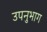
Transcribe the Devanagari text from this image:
उपनुभाग